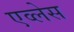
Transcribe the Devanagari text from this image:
एव्लेस